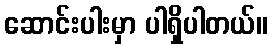
ဆောင်းပါးမှာ ပါရှိပါတယ်။